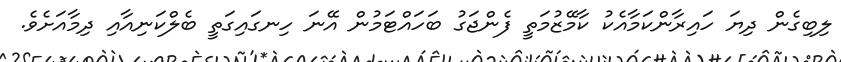
ލިބިގެން ދިޔަ ހައިރާންކަމާއެކު ކާމޭޒުމަތީ ފެންޖަގު ބަހައްޓަމުން އޭނަ ހިނގައިގަތީ ބެލްކަނިއާއި ދިމާއަށެވެ.